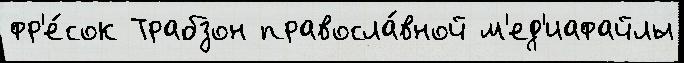
фр'е́сок Трабзон правосла́вной м'ед'иафайлы